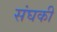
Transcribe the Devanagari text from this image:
संघकी